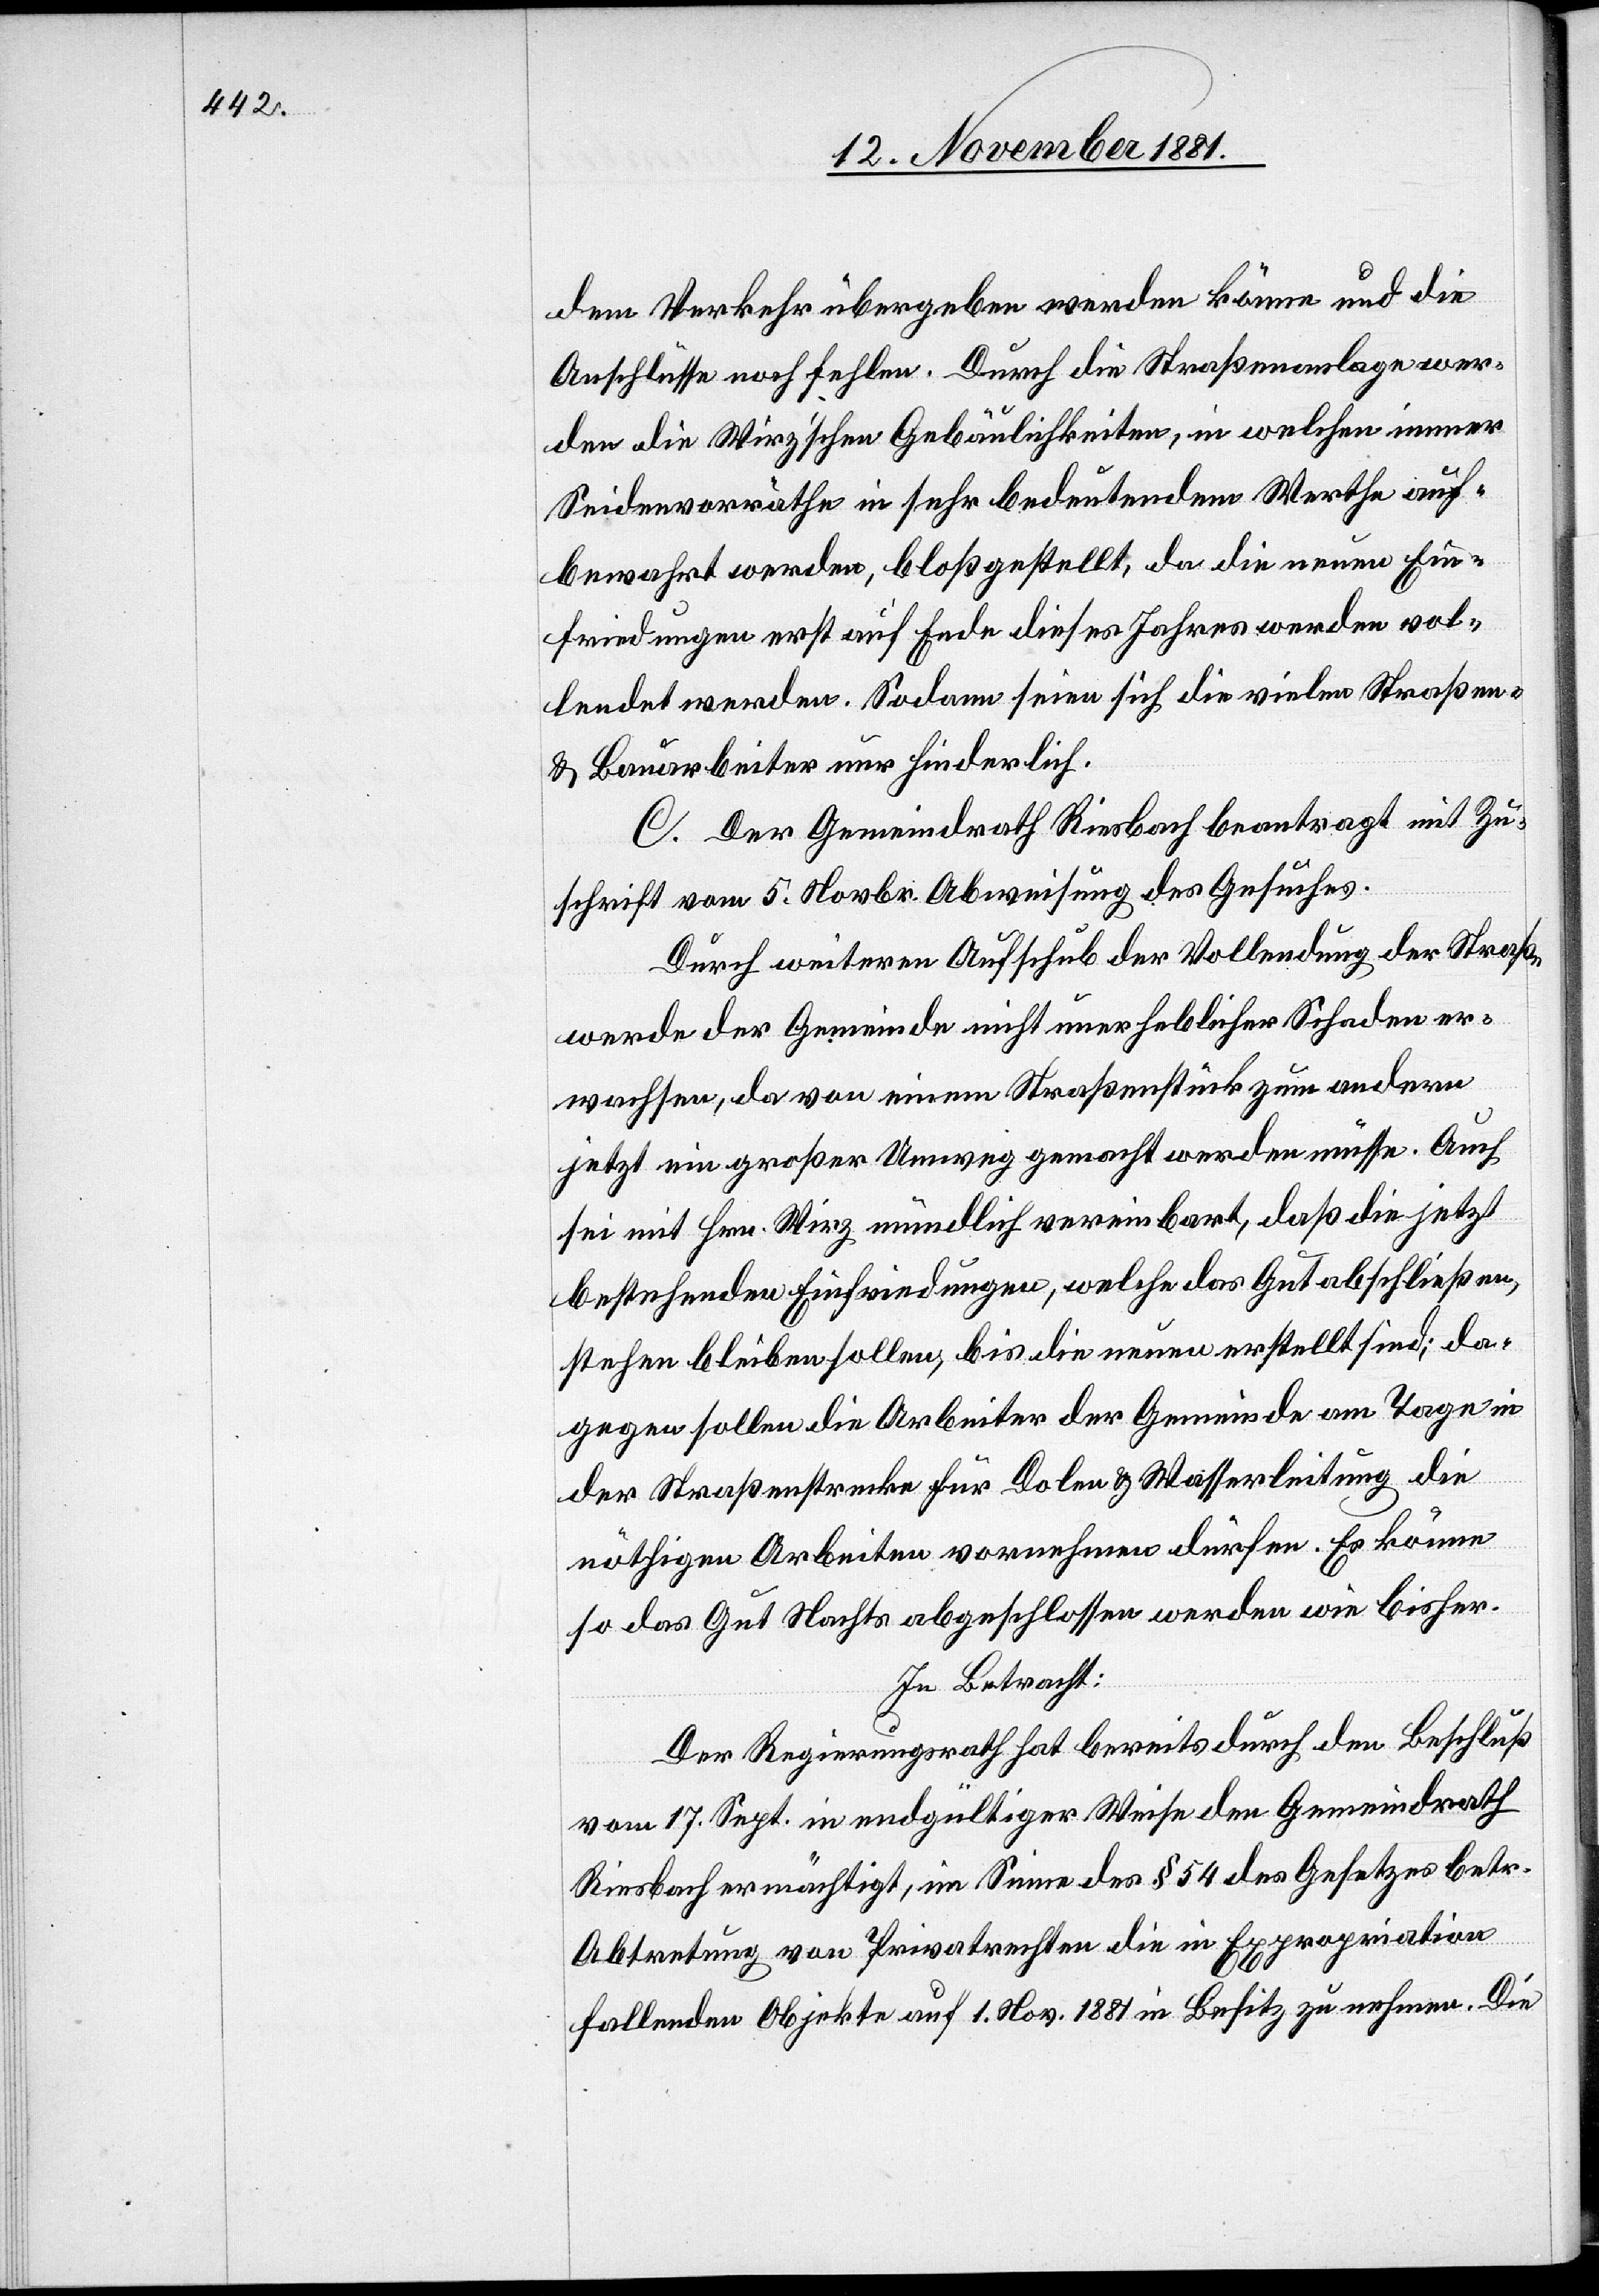
dem Verkehr übergegeben werden könne und die
Anschlüsse noch fehlen. Durch die Straßenanlage wer¬
den die Wirz’schen Gebäulichkeiten, in welchen immer
Seidenvorräthe in sehr bedeutendem Werthe auf¬
bewahrt werden, bloßgestellt, da die neuen Ein¬
friedungen erst auf Ende dieses Jahres werden vol¬
lendet werden. Sodann seien sich die vielen Straßen-
& Bauarbeiter nur hinderlich.
C. Der Gemeindrath Riesbach beantragt mit Zu¬
schrift vom 5. Novbr. Abweisung des Gesuches.
Durch weiteren Aufschub der Vollendung der Straße
werde der Gemeinde nicht unerheblicher Schaden er¬
wachsen, da von einem Straßenstück zum andern
jetzt ein großer Umweg gemacht werden müsse. Auch
sei mit Hrn. Wirz mündlich vereinbart, daß die jetzt
bestehenden Einfriedungen, welche das Gut abschließen,
stehen bleiben sollen, bis die neuen erstellt sind; da¬
gegen sollen die Arbeiter der Gemeinde am Tage in
der Straßenstrecke für Dolen & Wasserleitung die
nöthigen Arbeiten vornehmen dürfen. Es könne
so das Gut Nachts abgeschlossen werden wie bisher.
In Betracht:
Der Regierungsrath hat bereits durch den Beschluß
vom 17. Sept. in endgültiger Weise den Gemeindrath
Riesbach ermächtigt, im Sinne des § 54 des Gesetzes betr.
Abtretung von Privatrechten die in Expropriation
fallenden Objekte auf 1. Nov. 1881 in Besitz zu nehmen. Die